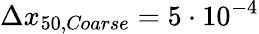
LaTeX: \Delta x_{50,\textit{Coarse}}=5\cdot 10^{-4}